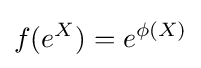
f(e^{X})=e^{\phi (X)}